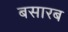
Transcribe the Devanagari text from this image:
बसारब